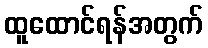
ထူထောင်ရန်အတွက်